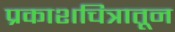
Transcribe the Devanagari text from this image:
प्रकाशचित्रातून